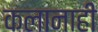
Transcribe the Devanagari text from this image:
कलानाही